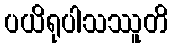
ပယိရုပါသဿူတိ